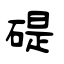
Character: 碮